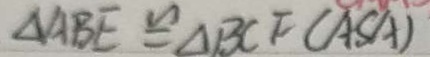
\Delta A B E \cong \Delta B C F ( A S A )